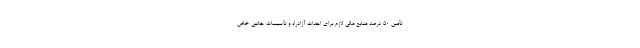
تأمین ۵۰ درصد منابع مالی لازم برای احداث آزادراه و تأسیسات جانبی خاص